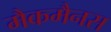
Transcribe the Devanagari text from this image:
मैकमैनस